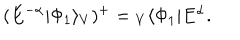
LaTeX: ( E ^ { - \alpha } | \Phi _ { 1 } \rangle _ { V } ) ^ { + } = { } _ { V } \langle \Phi _ { 1 } | E ^ { \alpha } .